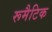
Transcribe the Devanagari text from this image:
रूमैटिक